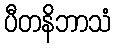
ပီတနိဘာသံ